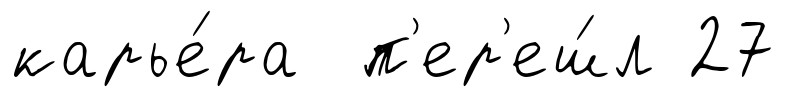
карье́ра п'ер'еш́л 27